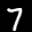
Label: 7